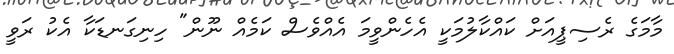
މާމަގެ ރެސިޕީއަށް ކައްކާލުމަކީ އެހެންވީމަ އެއްވެސް ކަމެއް ނޫން" ހިނިގަނޑަކާ އެކު ރަވީ